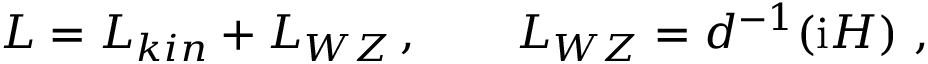
{ \cal L } = { \cal L } _ { k i n } + { \cal L } _ { W Z } \, , \qquad { \cal L } _ { W Z } = d ^ { - 1 } ( \mathrm { i } { \cal H } ) \ ,